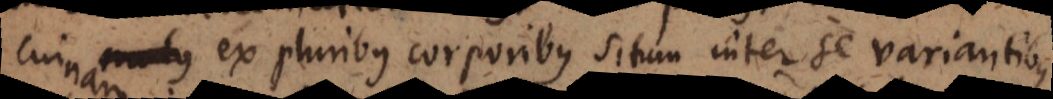
cuinam ex pluribus corporibus situm inter se variantibus